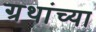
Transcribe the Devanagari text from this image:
ग्रथांच्या